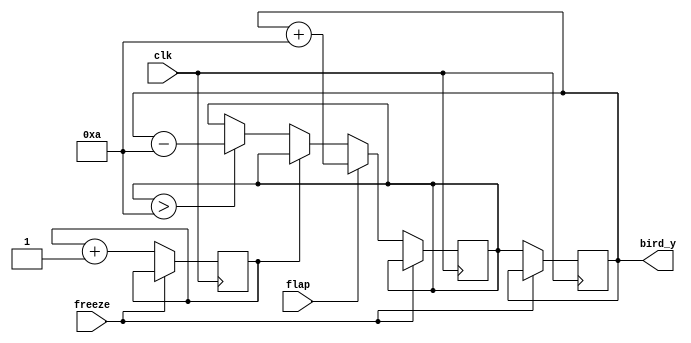
module bird (
    input wire clk,
	 input wire freeze,
    input wire flap,
    output reg [9:0] bird_y
);
    // The bird's vertical position
    reg [9:0] bird_y_next;
	 reg skip;

    initial begin
        bird_y_next <= 10;  // Start in the middle of the screen
		  bird_y <= 10;
    end

    always @(posedge clk) begin
			if (~freeze) begin
        if (flap) begin
            bird_y_next <= bird_y + 10;  // Move up
        end else if (skip == 0) begin
			  if (bird_y_next > 10) begin
					bird_y_next <= bird_y - 10;  // Fall down
				end
        end
        bird_y <= bird_y_next;
		  skip <= skip +1;
    end
	 end
endmodule